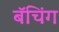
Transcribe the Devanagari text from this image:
बॅचिंग